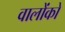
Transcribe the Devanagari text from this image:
वालोंको